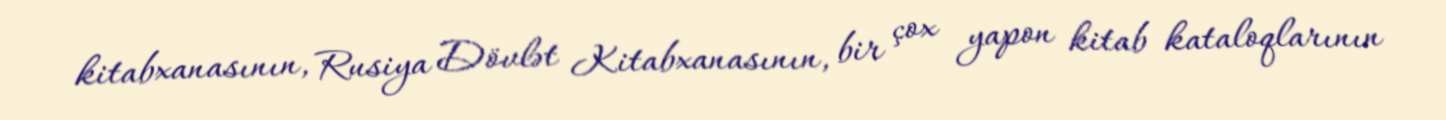
kitabxanasının, Rusiya Dövlət Kitabxanasının, bir çox yapon kitab kataloqlarının